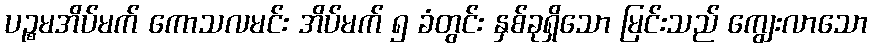
ပဉ္စမအိပ်မက် ကောသလမင်း အိပ်မက် ၅ ခံတွင်း နှစ်ခုရှိသော မြင်းသည် ကျွေးလာသော